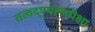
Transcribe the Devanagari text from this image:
तत्वद्ण्यानापेक्षा